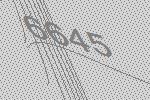
6645